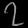
Digit: ၇